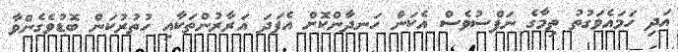
އަދި ހަމައެވަގުތު ތިމާގެ ނަފްސުވެސް އެކަން ހަނދާންކޮށް އެފަދަ އަރާރުންތަކާއި ހުތުރުކަން ބޮޑުވެގެންވާ